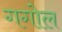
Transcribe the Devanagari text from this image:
गगोल